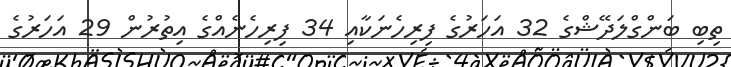
ތިބި ބަންގްލަދޭޝްގެ 32 އަހަރުގެ ފިރިހެނަކާއި 34 ފިރިހެނެއްގެ އިތުރުން 29 އަހަރުގެ